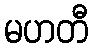
မဟတီ